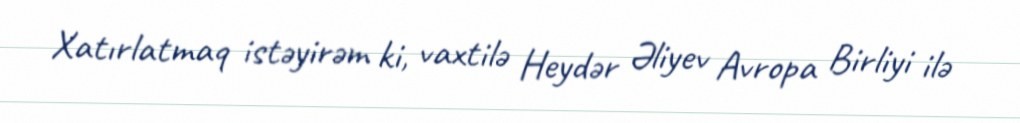
Xatırlatmaq istəyirəm ki, vaxtilə Heydər Əliyev Avropa Birliyi ilə